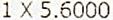
1 X 5.6000